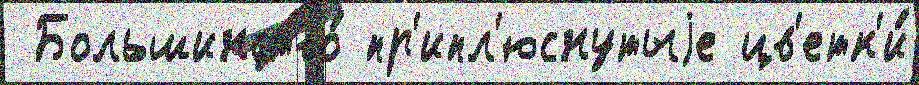
 Большинство́ пр'ипл'юснутыjе цв'етк'и́